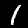
Label: 1